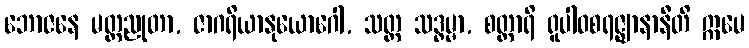
ဘောဇနေ မတ္တညုတာ, ဇာဂရိယာနုယောဂေါ, သတ္တ သဒ္ဓမ္မာ, စတ္တာရိ ရူပါဝစရဇ္ဈာနာနီတိ ဣမေ